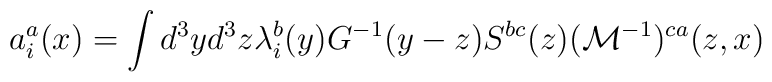
a_i^a(x)=\int d^{3}yd^{3}z\lambda_i^b(y)G^{-1}(y-z)S^{bc}(z)({\cal M}^{-1})^{ca}(z,x)